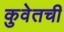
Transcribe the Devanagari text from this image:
कुवेतची